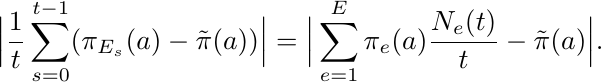
    \begin{align*}
        \Big| \frac{1}{t} \sum_{s=0}^{t-1} (\pi_{E_s}(a) - \tilde{\pi}(a)) \Big| = \Big| \sum_{e=1}^E \pi_e(a) \frac{N_e(t)}{t} - \tilde{\pi}(a) \Big|.
    \end{align*}